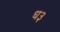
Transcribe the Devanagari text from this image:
ध३